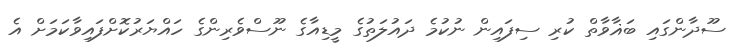
ސޫދާންގައި ބަޣާވާތް ކުރި ސިފައިން ނުކުމެ ދައުލަތުގެ މީޑިއާގެ ނޫސްވެރިންގެ ހައްޔަރުކޮށްފައިވާކަމަށް އެ